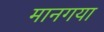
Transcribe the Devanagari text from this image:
मानगया